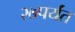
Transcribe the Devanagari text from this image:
२७पर्यंत